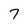
Character: 7